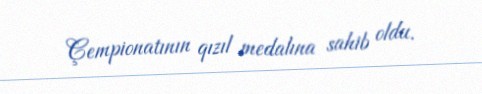
Çempionatının qızıl medalına sahib oldu.